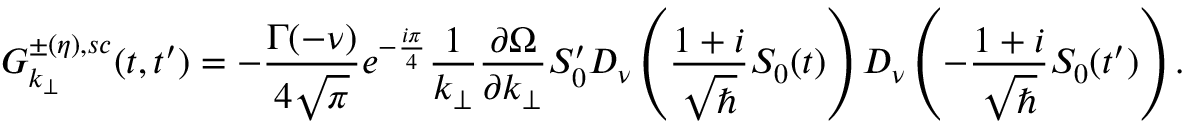
{ \cal { G } } _ { k _ { \perp } } ^ { \pm ( \eta ) , s c } ( t , t ^ { \prime } ) = - { \frac { \Gamma ( - \nu ) } { 4 \sqrt { \pi } } } e ^ { - { \frac { i \pi } { 4 } } } { \frac { 1 } { k _ { \perp } } } { \frac { \partial \Omega } { \partial k _ { \perp } } } S _ { 0 } ^ { \prime } D _ { \nu } \left( { \frac { 1 + i } { \sqrt { \hbar } } } S _ { 0 } ( t ) \right) D _ { \nu } \left( - { \frac { 1 + i } { \sqrt { \hbar } } } S _ { 0 } ( t ^ { \prime } ) \right) .